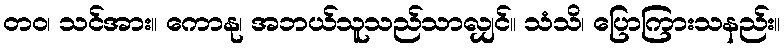
တဝ၊ သင်အား။ ကောနု၊ အဘယ်သူသည်သာလျှင်။ သံသိ၊ ပြောကြားသနည်း။